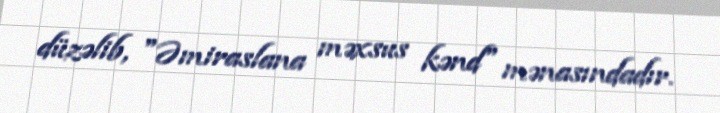
düzəlib, "Əmiraslana məxsus kənd" mənasındadır.